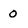
Character: 0